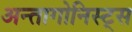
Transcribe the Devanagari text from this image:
अन्तागोनिस्ट्स